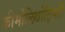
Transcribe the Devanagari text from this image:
कीमोलिथोट्रिप्सी